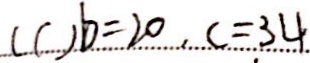
( 1 ) b = 2 0 , c = 3 4